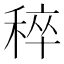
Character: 稡